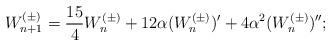
LaTeX: \begin{align*}W^{(\pm)}_{n+1}=\frac{15}{4}W^{(\pm)}_n+12\alpha(W^{(\pm)}_n)^{\prime}+4\alpha^2(W^{(\pm)}_n)'';\end{align*}